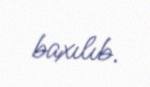
baxılıb.